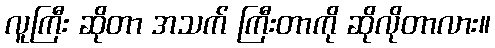
လူကြီး ဆိုတာ အသက် ကြီးတာကို ဆိုလိုတာလား။